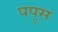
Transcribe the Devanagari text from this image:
पपूस